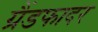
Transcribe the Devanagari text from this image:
ग्रैंडफादर